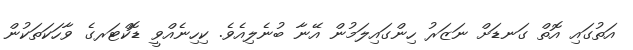
އަތުގައި އޮތް ގަނޑަށް ނަޒަރު ހިންގައިލަމުން އޭނާ ބުނެލިއެވެ. ކިހިނެއްވީ ޑޮކްޓަރގެ ވާހަކަތަކުން